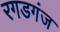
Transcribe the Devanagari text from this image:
रगडगंज